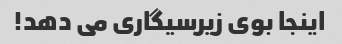
اینجا بوی زیرسیگاری می دهد!